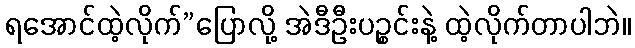
ရအောင်ထဲ့လိုက်”ပြောလို့ အဲဒီဦးပဉ္စင်းနဲ့ ထဲ့လိုက်တာပါဘဲ။